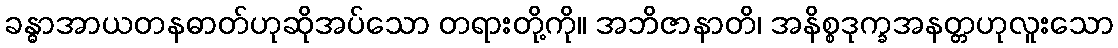
ခန္ဓာအာယတနဓာတ်ဟုဆိုအပ်သော တရားတို့ကို။ အဘိဇာနာတိ၊ အနိစ္စဒုက္ခအနတ္တဟုလူးသော